Report on enteric fever
Disease focus: Fever
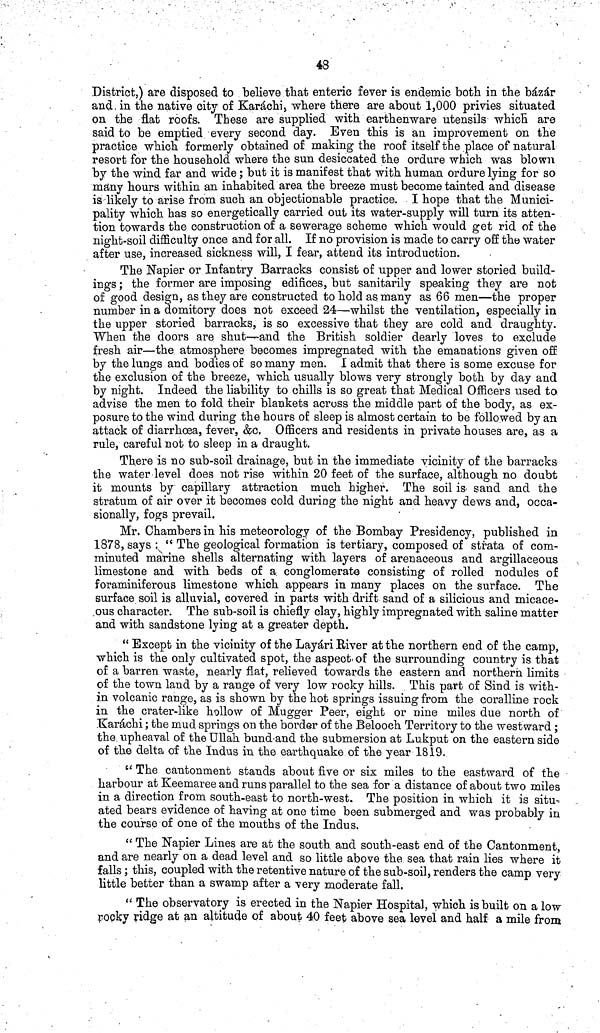
43
District,) are disposed to believe that enteric fever is endemic both in the bázár
and in the native city of Karáchi, where there are about 1,000 privies situated
on the flat roofs. These are supplied with earthenware utensils which are
said to be emptied every second day. Even this is an improvement on the
practice which formerly obtained of making the roof itself the place of natural
resort for the household where the sun desiccated the ordure which was blown
by the wind far and wide; but it is manifest that with human ordure lying for so
many hours within an inhabited area the breeze must become tainted and disease
is likely to arise from such an objectionable practice. I hope that the Munici-
pality which has so energetically carried out its water-supply will turn its atten-
tion towards the construction of a sewerage scheme which would get rid of the
night-soil difficulty once and for all. If no provision is made to carry off the water
after use, increased sickness will, I fear, attend its introduction.
The Napier or Infantry Barracks consist of upper and lower storied build-
ings ; the former are imposing edifices, but sanitarily speaking they are not
of good design, as they are constructed to hold as many as 66 men—the proper
number in a domitory does not exceed 24—whilst the ventilation, especially in
the upper storied barracks, is so excessive that they are cold and draughty.
When the doors are shut—and the British soldier dearly loves to exclude
fresh air—the atmosphere becomes impregnated with the emanations given off
by the lungs and bodies of so many men. I admit that there is some excuse for
the exclusion of the breeze, which usually blows very strongly both by day and
by night. Indeed the liability to chills is so great that Medical Officers used to
advise the men to fold their blankets across the middle part of the body, as ex-
posure to the wind during the hours of sleep is almost certain to be followed by an
attack of diarrhoea, fever, &c. Officers and residents in private houses are, as a
rule, careful not to sleep in a draught.
There is no sub-soil drainage, but in the immediate vicinity of the barracks
the water level does not rise within 20 feet of the surface, although no doubt
it mounts by capillary attraction much higher. The soil is sand and the
stratum of air over it becomes cold during the night and heavy dews and, occa-
sionally, fogs prevail.
Mr. Chambers in his meteorology of the Bombay Presidency, published in
1878, says : "The geological formation is tertiary, composed of strata of com-
minuted marine shells alternating with layers of arenaceous and argillaceous
limestone and with beds of a conglomerate consisting of rolled nodules of
foraminiferous limestone which appears in many places on the surface. The
surface soil is alluvial, covered in parts with drift sand of a silicious and micace-
ous character. The sub-soil is chiefly clay, highly impregnated with saline matter
and with sandstone lying at a greater depth.
" Except in the vicinity of the Layári River at the northern end of the camp,
which is the only cultivated spot, the aspect of the surrounding country is that
of a barren waste, nearly flat, relieved towards the eastern and northern limits
of the town land by a range of very low rocky hills. This part of Sind is with-
in volcanic range, as is shown by the hot springs issuing from the coralline rock
in the crater-like hollow of Mugger Peer, eight or nine miles due north of
Karáchi; the mud springs on the border of the Belooch Territory to the westward;
the upheaval of the Ullah bund and the submersion at Lukput on the eastern side
of the delta of the Indus in the earthquake of the year 1819.
" The cantonment stands about five or six miles to the eastward of the
harbour at Keemaree and runs parallel to the sea for a distance of about two miles
in a direction from south-east to north-west. The position in which it is situ-
ated bears evidence of having at one time been submerged and was probably in
the course of one of the mouths of the Indus.
" The Napier Lines are at the south and south-east end of the Cantonment,
and are nearly on a dead level and so little above the sea that rain lies where it
falls; this, coupled with the retentive nature of the sub-soil, renders the camp very
little better than a swamp after a very moderate fall.
" The observatory is erected in the Napier Hospital, which is built on a low
rocky ridge at an altitude of about 40 feet above sea level and half a mile from